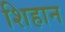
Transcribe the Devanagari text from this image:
शिहान